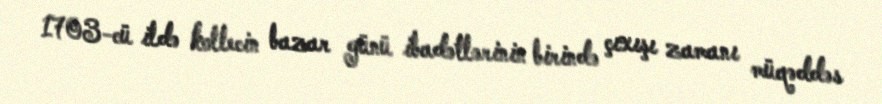
1703-cü ildə kollecin bazar günü ibadətlərinin birində çıxışı zamanı müqəddəs